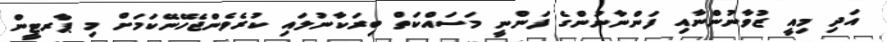
އަދި މިއީ ޒުވާނުންނާއި ފަންނާނުންގެ ފަންނީ މަސައްކަތް ބިރަކާނުލައި ކުރެވެންޖެހޭނޭކަމަށް މި ޕާރޓީން